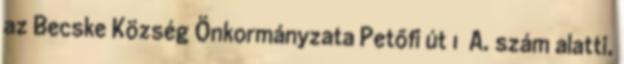
az Becske Község Önkormányzata Petőfi út 1 A. szám alatti,